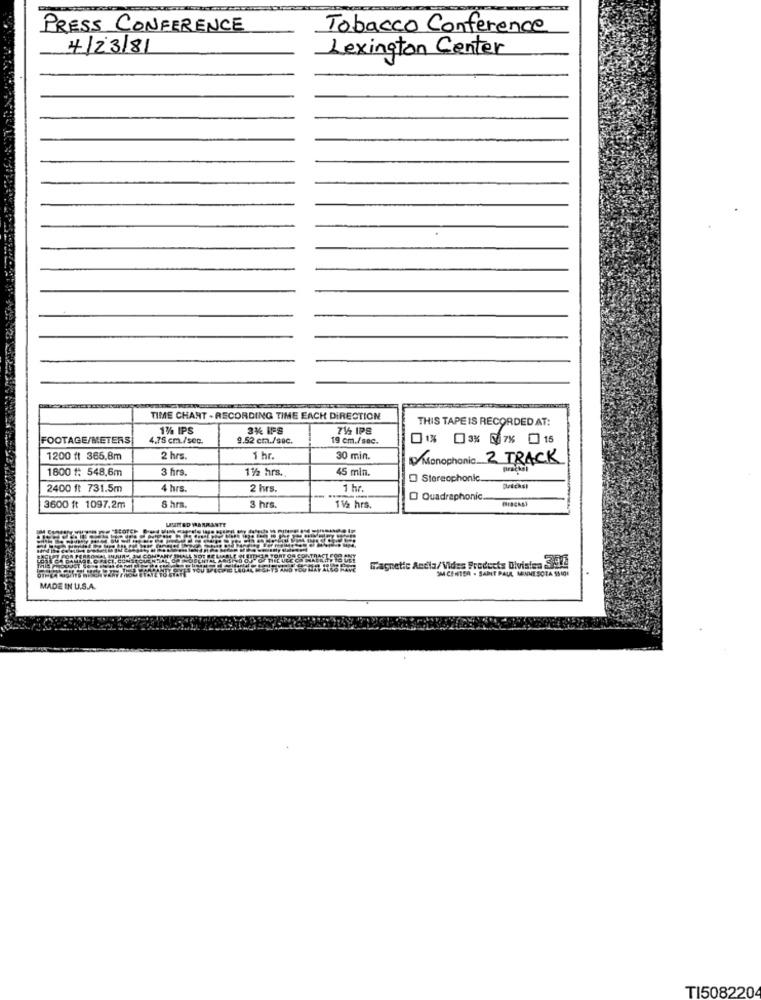
PRESS CONFERENCE
Tobacco Conference
4/23/81
Lexington Center
TIME CHANT - RECORDING TIME EACH DIRECTION
THIS TAPE IS RECORDED AT:
1% IPS
3% IFS
745 IPS
FOOTAGE/METERS
4.75 cm./sec.
9.52 cm./sec.
19 cm./sec.
0% 03% 17% 15
1200 ft 365.8m
2 hrs.
1 hr.
30 min.
Monophonic 2 TRACK
1800 #: 548,6m
3 hrs
1% hrs.
45 min.
Brackel
Stereophonic.
2400 ft 731.5m
4 hrs.
2 hrs.
1 hr.
8 hrs.
Quadraphonic.
3600 ft 1097.2m
3 hrs
112 hrs.
Magnetic Andia/Vides Products Divisten S:9.2
SM CENTER - SABIT PAUL, MINNESOTA 55 10E
MADE IN U.S.A.
TI5082204